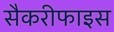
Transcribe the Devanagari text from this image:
सैकरीफाइस